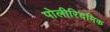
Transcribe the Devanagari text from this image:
पोलीरिदमिक